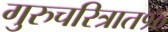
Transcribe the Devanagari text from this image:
गुरुचरित्रात१०